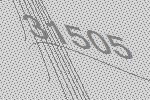
31505